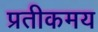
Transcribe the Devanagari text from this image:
प्रतीकमय